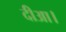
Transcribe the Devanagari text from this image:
दीआ।